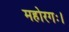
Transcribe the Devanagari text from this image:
महोरगः।